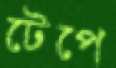
টেপে